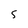
Character: 5